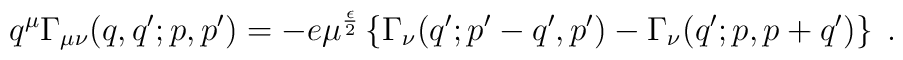
q^\mu \Gamma_{\mu\nu} (q,q^\prime;p,p^\prime) =-e \mu^{\frac{\epsilon}{2}} \left\{ \Gamma_\nu (q^\prime; p^\prime -q^\prime, p^\prime) - \Gamma_\nu (q^\prime; p, p+q^\prime ) \right\}\; .